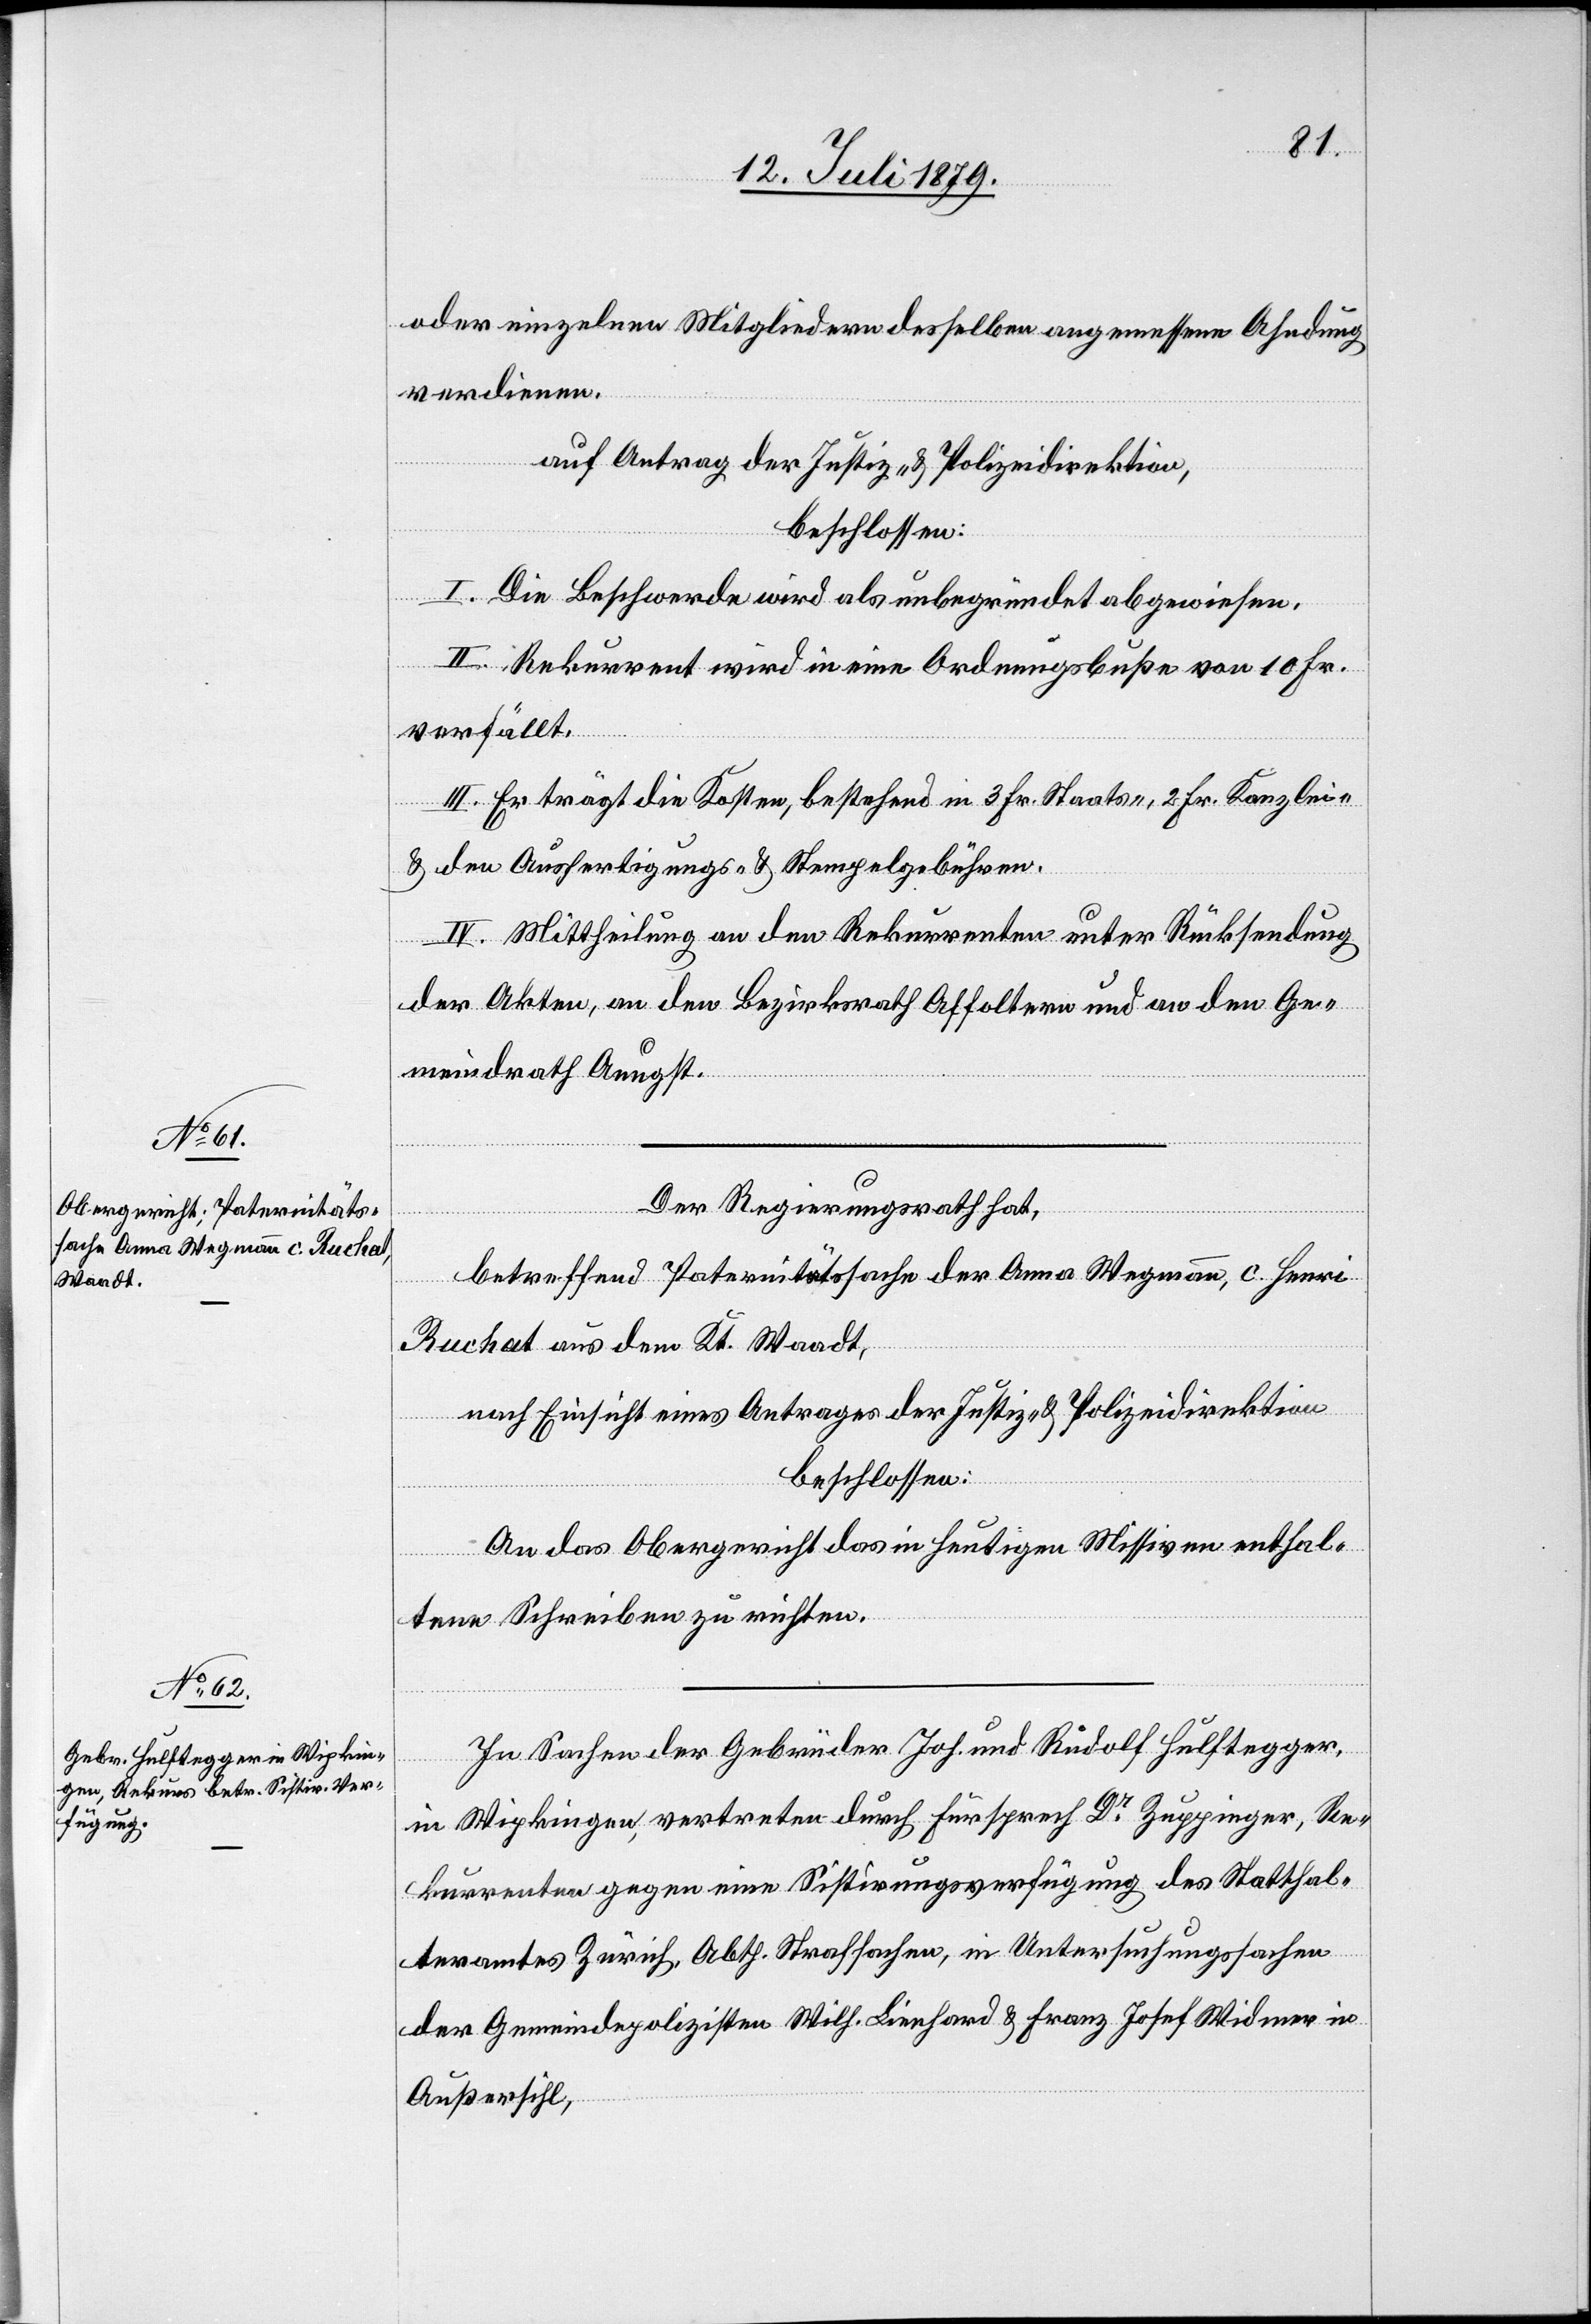
oder einzelnen Mitgliedern desselben angemessene Ahndung
verdienen.
auf Antrag der Justiz- & Polizeidirektion,
beschlossen:
I. Die Beschwerde wird als unbegründet abgewiesen.
II. Rekurrent wird in eine Ordnungsbuße von 10 Fr.
verfällt.
III. Er trägt die Kosten, bestehend in 3 Fr. Staats-, 2 Fr. Kanzlei-
& den Ausfertigungs- & Stempelgebühren.
IV. Mittheilung an den Rekurrenten unter Rücksendung
der Akten, an den Bezirksrath Affoltern und an den Ge¬
meindrath Aeugst.
Der Regierungsrath hat,
betreffend Paternitätssache der Anna Wegmann, c. Henri
Ruchat aus dem Kt. Waadt,
nach Einsicht eines Antrages der Justiz- & Polizeidirektion
beschlossen:
An das Obergericht das in heutigen Missiven enthal¬
tene Schreiben zu richten.
In Sachen der Gebrüder Joh. und Rudolf Hulftegger,
in Wipkingen, vertreten durch Fürsprech Dr Zuppinger, Re¬
kurrenten gegen eine Sistirungsverfügung des Statthal¬
teramtes Zürich, Abth. Strafsachen, in Untersuchungssachen
der Gemeindepolizisten Wilh. Lienhard & Franz Josef Widmer in
Außersihl,